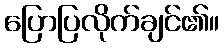
ပြောပြလိုက်ချင်၏။